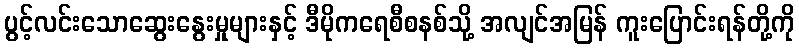
ပွင့်လင်းသောဆွေးနွေးမှုများနှင့် ဒီမိုကရေစီစနစ်သို့ အလျင်အမြန် ကူးပြောင်းရန်တို့ကို